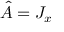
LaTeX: { \hat { A } } = J _ { x }